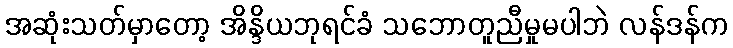
အဆုံးသတ်မှာတော့ အိန္ဒိယဘုရင်ခံ သဘောတူညီမှုမပါဘဲ လန်ဒန်က